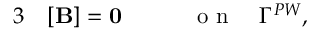
\begin{array} { r l r } { { 3 } } & { { } [ { \mathbf B } ] = \mathbf { 0 } \qquad } & { \mathrm { ~ o ~ n ~ } \quad \Gamma ^ { P W } , } \end{array}